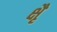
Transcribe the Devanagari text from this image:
क्षैृ